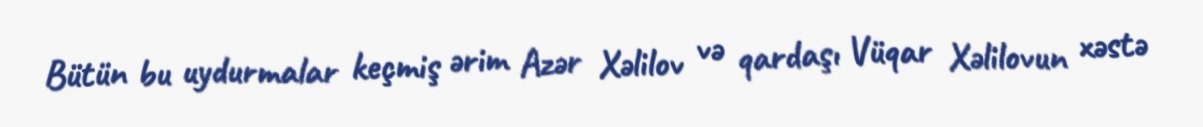
Bütün bu uydurmalar keçmiş ərim Azər Xəlilov və qardaşı Vüqar Xəlilovun xəstə